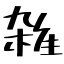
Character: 雑